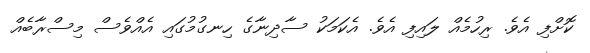
ކޮށްފި އެވެ. ރިހުމެއް ލައިފި އެވެ. އެކަމަކު ސާދިނާގެ ހިނގުމުގައި އެއްވެސް މިސްރާބެއް